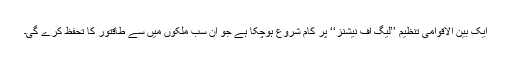
ایک بین الاقوامی تنظیم ’’لیگ آف نیشنز‘‘ پر کام شروع ہوچکا ہے جو ان سب ملکوں میں سے طاقتور کا تحفظ کرے گی۔